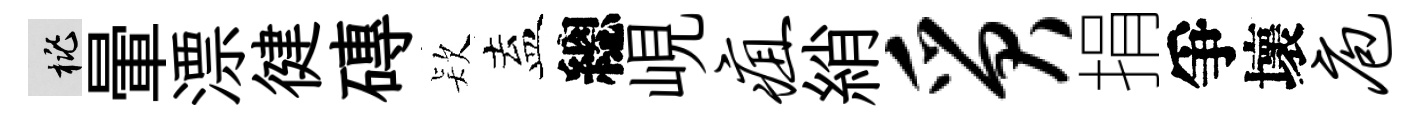
桃暈漂徤磚𣣇盍總峴疽綃质捐爭壞庖